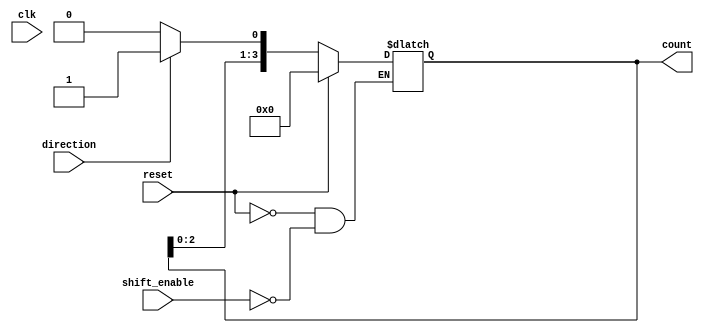
module async_shift_counter (
    input wire clk,            // Clock signal (not used for asynchronous operation)
    input wire reset,          // Asynchronous reset signal
    input wire shift_enable,    // Shift enable signal
    input wire direction,       // Direction control signal (1 for up, 0 for down)
    output reg [3:0] count      // 4-bit counter output
);

    // Asynchronous reset
    always @(*) begin
        if (reset) begin
            count <= 4'b0000;   // Reset the counter to 0
        end else if (shift_enable) begin
            if (direction) begin
                // Count up: Shift left and insert '1' at LSB
                count <= {count[2:0], 1'b1};
            end else begin
                // Count down: Shift left and insert '0' at LSB
                count <= {count[2:0], 1'b0};
            end
        end
    end

endmodule